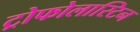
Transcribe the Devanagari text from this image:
ट्रोफोलास्टिन